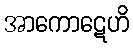
အာကောဋေဟိ